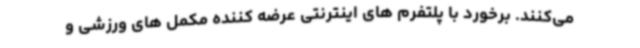
می‌کنند. برخورد با پلتفرم های اینترنتی عرضه کننده مکمل های ورزشی و